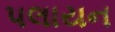
પલાયન